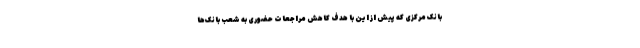
بانک مرکزی که پیش از این با هدف کاهش مراجعات حضوری به شعب بانک‌ها